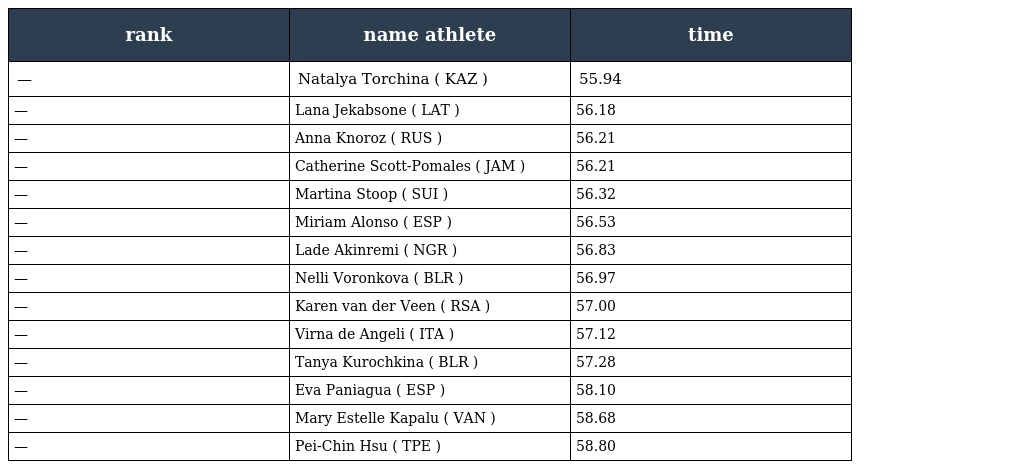
| rank | name athlete | time |
 | --- | --- | --- |
 | — | Natalya Torchina ( KAZ ) | 55.94 |
 | — | Lana Jekabsone ( LAT ) | 56.18 |
 | — | Anna Knoroz ( RUS ) | 56.21 |
 | — | Catherine Scott-Pomales ( JAM ) | 56.21 |
 | — | Martina Stoop ( SUI ) | 56.32 |
 | — | Miriam Alonso ( ESP ) | 56.53 |
 | — | Lade Akinremi ( NGR ) | 56.83 |
 | — | Nelli Voronkova ( BLR ) | 56.97 |
 | — | Karen van der Veen ( RSA ) | 57.00 |
 | — | Virna de Angeli ( ITA ) | 57.12 |
 | — | Tanya Kurochkina ( BLR ) | 57.28 |
 | — | Eva Paniagua ( ESP ) | 58.10 |
 | — | Mary Estelle Kapalu ( VAN ) | 58.68 |
 | — | Pei-Chin Hsu ( TPE ) | 58.80 |